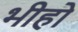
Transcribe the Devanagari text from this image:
भीहो